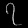
Digit: ၇